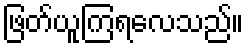
ဖြတ်ယူကြရလေသည်။